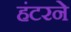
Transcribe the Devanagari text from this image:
हंटरने